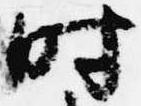
時